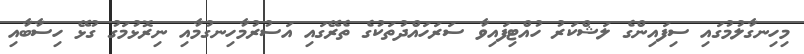
މިހިނގާލުމުގައި ސިފައިންގެ ލަޝްކަރު ހުއްޓިފައިވާ ސަރަހައްދުތަކުގެ ތެރޭގައި އަސުރުމާހިނގުމާއި ނިރޮޅުމަގު ގުޅޭ ހިސާބާއި